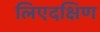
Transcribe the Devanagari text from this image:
लिएदक्षिण